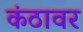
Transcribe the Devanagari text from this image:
कंठावर